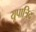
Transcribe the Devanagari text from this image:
यूपात्रिद